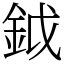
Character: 鉞